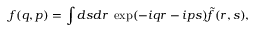
f ( q , p ) = \int d s d r \; \exp ( - i q r - i p s ) \tilde { f } ( r , s ) ,